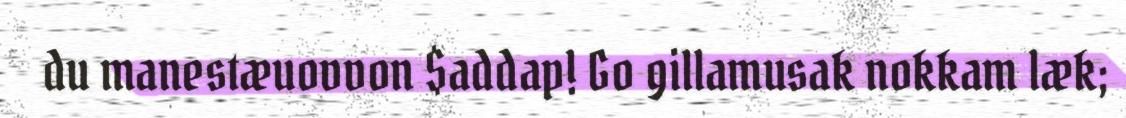
du manestæuovvon $addap! Go gillamusak nokkam læk;